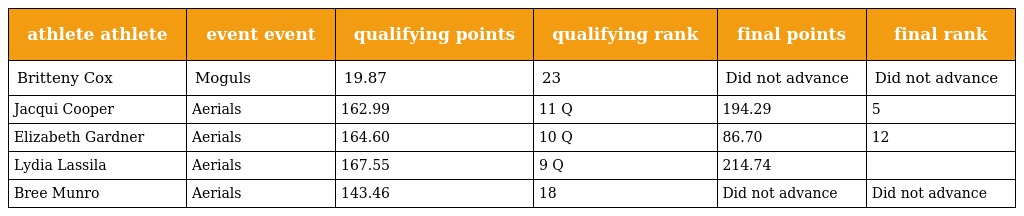
| athlete athlete | event event | qualifying points | qualifying rank | final points | final rank |
 | --- | --- | --- | --- | --- | --- |
 | Britteny Cox | Moguls | 19.87 | 23 | Did not advance | Did not advance |
 | Jacqui Cooper | Aerials | 162.99 | 11 Q | 194.29 | 5 |
 | Elizabeth Gardner | Aerials | 164.60 | 10 Q | 86.70 | 12 |
 | Lydia Lassila | Aerials | 167.55 | 9 Q | 214.74 |  |
 | Bree Munro | Aerials | 143.46 | 18 | Did not advance | Did not advance |